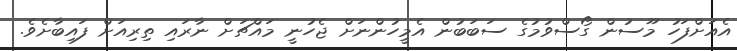
އެއަށްފަހު މޫސުން ގޯސްވުމުގެ ސަބަބުން އެމީހުންނަށް ޖެހުނީ މައްޗަށް ނާރައި ތިރިއަށް ފައިބާށެވެ.